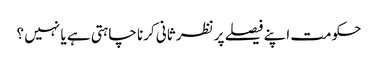
حکومت اپنے فیصلے پر نظر ثانی کرنا چاہتی ہے یا نہیں ؟